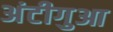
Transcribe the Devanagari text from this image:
अंटीगुआ